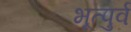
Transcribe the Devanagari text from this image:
भूत्पुर्व